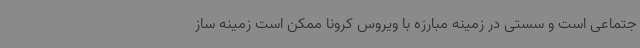
جتماعی است و سستی در زمینه مبارزه با ویروس کرونا ممکن است زمینه ساز